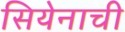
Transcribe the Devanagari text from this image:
सियेनाची